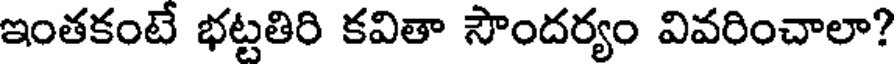
ఇంతకంటే భట్టతిరి కవితా సౌందర్యం వివరించాలా?